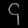
Digit: ၄